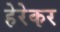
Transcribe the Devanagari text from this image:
हेरेकर